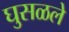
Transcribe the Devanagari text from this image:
घुसळले